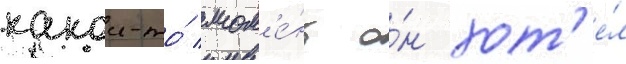
какои-то́ мом'е́нт о́н хот'е́л